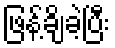
ဖြန့်ချိခဲ့ပြီး